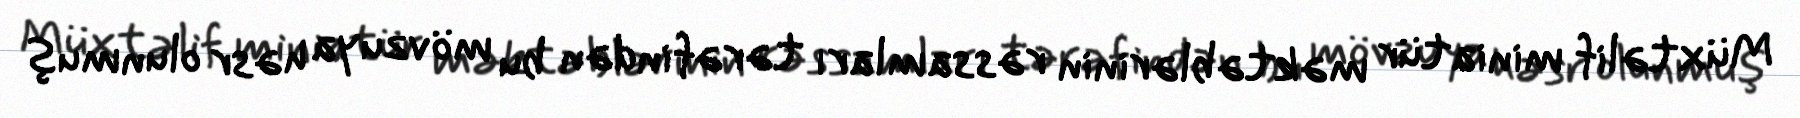
Müxtəlif miniatür məktəblərinin rəssamları tərəfindən bu mövzuya həsr olunmuş